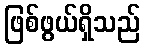
ဖြစ်ဖွယ်ရှိသည်